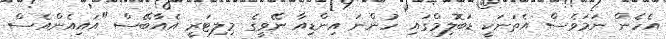
އެހެން ނަމަވެސް އެތަނަކީ ޑަބޮލިމްގައި ހުންނަ އިންޑިއާ ނޭވީގެ މިލިޓަރީ އެއާބޭސް "އައިއެންއެސް